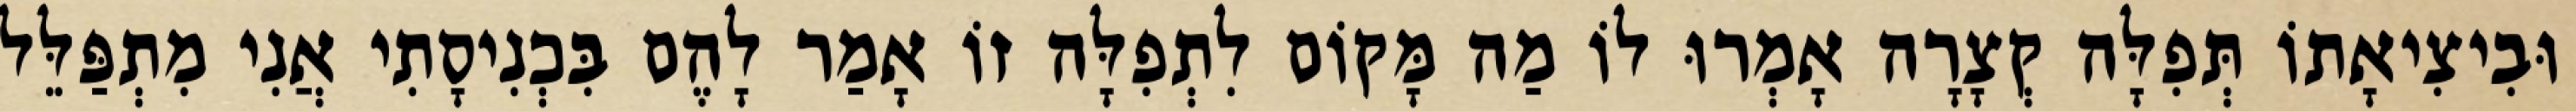
וּבִיצִיאָתוֹ תְּפִלָּה קְצָרָה אָמְרוּ לוֹ מַה מָּקוֹם לִתְפִלָּה זוֹ אָמַר לָהֶם בִּכְנִיסָתִי אֲנִי מִתְפַּלֵּל